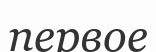
первое